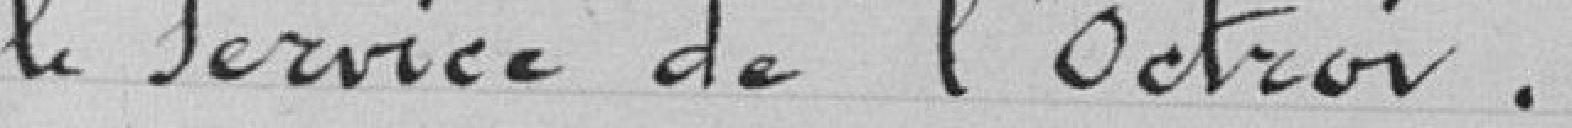
le service de l'Octroi